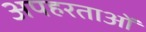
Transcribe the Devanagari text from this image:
अपहरताओं